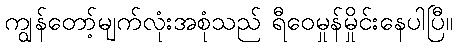
ကျွန်တော့်မျက်လုံးအစုံသည် ရီဝေမှုန်မှိုင်းနေပါပြီ။